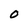
Character: O